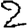
Digit: 2